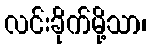
လင်းခိုက်မို့သာ၊